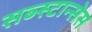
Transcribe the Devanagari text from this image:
सब्स्टान्सेस